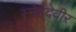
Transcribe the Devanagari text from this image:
स्नेहदेवीर